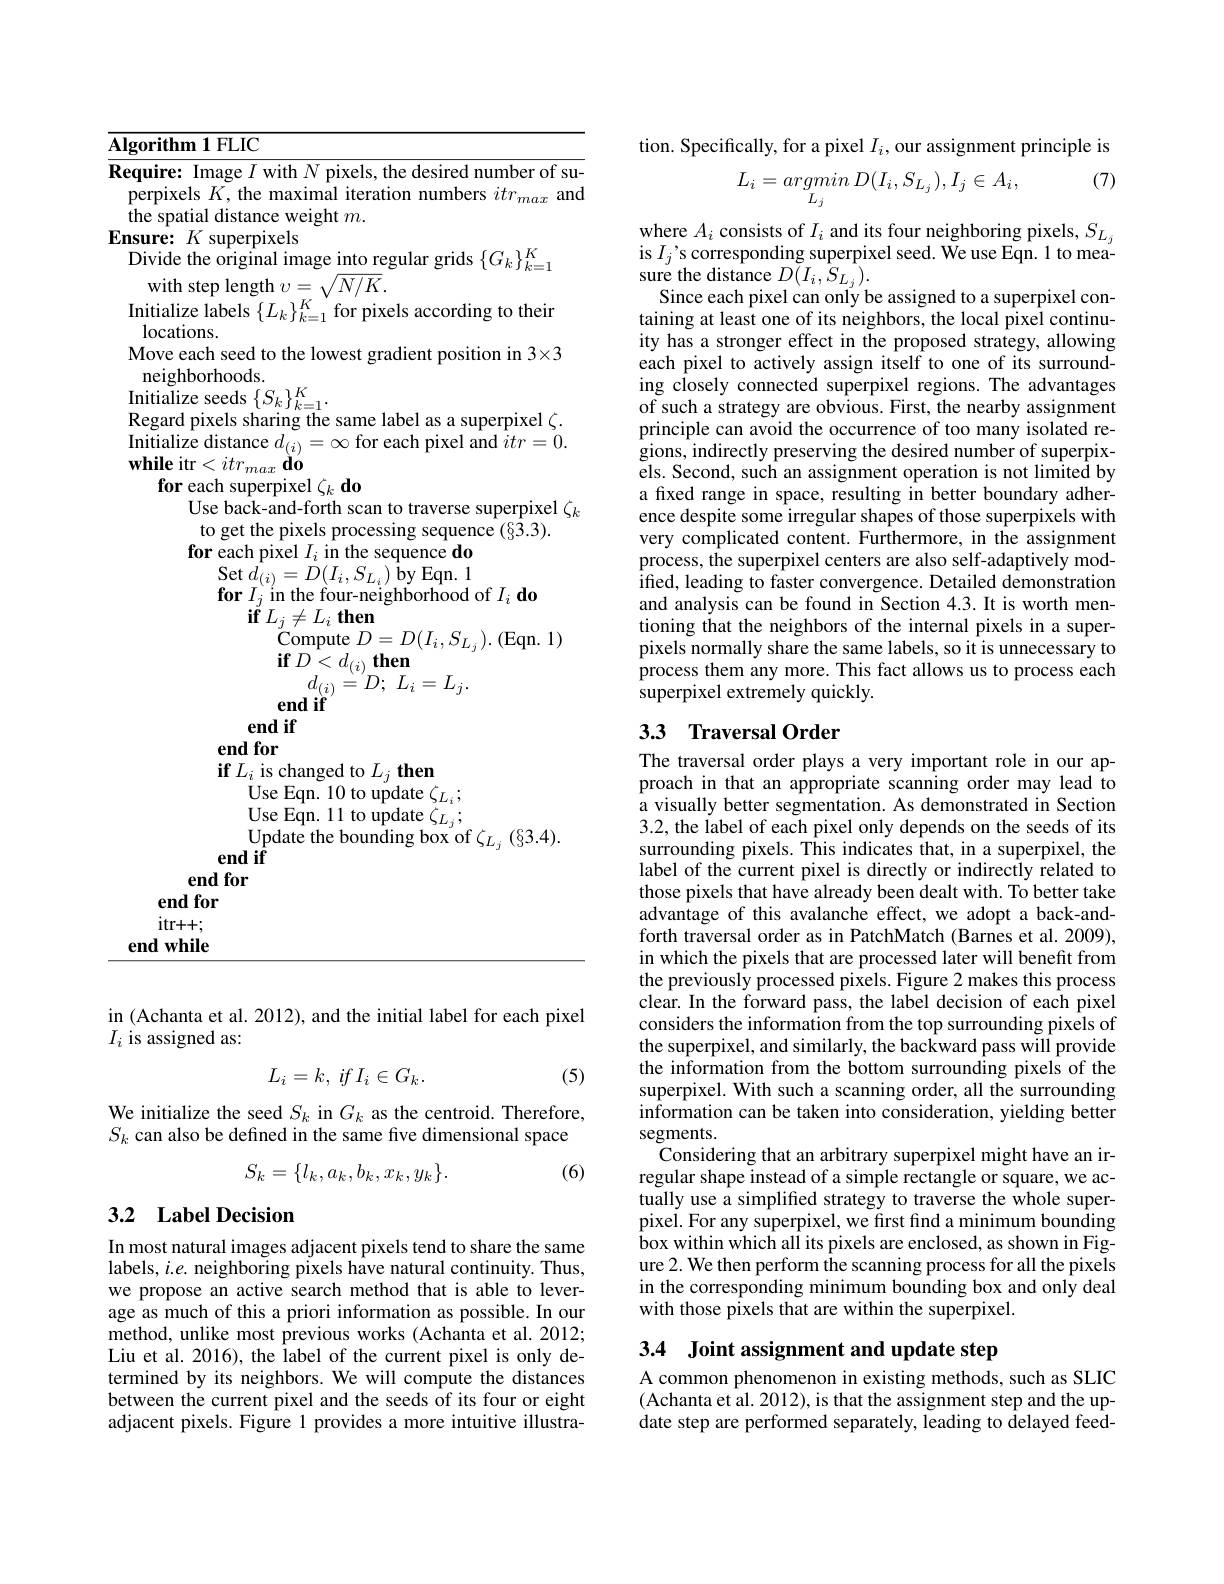
Algorithm 1 FLIC
Require: Image $I$ with $N$ pixels, the desired number of superpixels $K$,the maximal iteration numbers $itr_{max}$ and the spatial distance weight $m.$
$Ensure:K$ superpixels
Divide the original image into regular grids $\{G_k\}_{k=1}^K$
with step length $v=\sqrt{N/K}.$
$\begin{array}{c}{\mathrm{Initialize~labels~}\{L_{k}\}_{k=1}^{K}\text{for pixels according to their}}\\{\mathrm{locations.}}\end{array}$ Move each seed to the lowest gradient position in 3×3 $\begin{array}{c}\text{neighborhoods.}\\\text{Initialize seeds}\left\{S_k\right\}_{k=1}^K.\\\textbf{Porord pivals chorin tho}\end{array}$
Regard pixels sharing the same label as a superpixel $\zeta.$ Initialize distance $d_(i)=\infty$ for each pixel and $itr=0.$ $\textbf{while itr}< itr_{max}\overset {\vee }{\operatorname* { \mathbf{do}} }$
for each superpixel $\zeta _k\textbf{do}$
Use back-and-forth scan to traverse superpixel $\zeta_k$
to get the pixels processing sequence (§3.3).
for each pixel $I_i$ in the sequence do
$\begin{array}{l}{\mathrm{Set~}\hat{d_{(i)}=D(I_{i},S_{L_{i}})~\hat{b}y~Eqn.~1}}\\{\mathbf{for~}I_{j}~\mathrm{in~the~four-neighborhood~of~}I_{i}~\mathbf{do}}\end{array}$
${\mathbf{if}}L_{j}\neq L_{i}{\mathbf{then}}$
$\mathop{\mathrm{Compute~}}D=D(I_{i},S_{L_{j}}).$(Eqn. 1)
$\textbf{if}D< d_{( i) }\textbf{then}_{T}$
$d_{( i) }\overset {\vee }{\operatorname* { = } }D;$ $L_{i}= L_{j}.$
$endif^{(t)}$
end if
end for
$\textbf{if }L_{i}$ is changed to $L_j\textbf{ then}$Use Eqn. 10 to update $\zeta _{L_{i}};$
Use Eqn. 11 to update $\zeta_{L_j};$
$\overset{\mathrm{Update~the~bounding~box~of~}}{\operatorname*{end~if}}$
end for
end for $itr++;$
end while

in (Achanta et al. 2012), and the initial label for each pixel
$I_i$ is assigned as:

(5)
$$L_i=k,\:if\:I_i\in G_k.$$
We initialize the seed $S_k$ in $G_k$ as the centroid. Therefore, $S_k$ can also be defined in the same five dimensional space
$$S_k=\{l_k,a_k,b_k,x_k,y_k\}.$$
(6)

## 3.2 Label Decision

In most natural images adjacent pixels tend to share the same labels, $i.e.$ neighboring pixels have natural continuity. Thus, we propose an active search method that is able to leverage as much of this a priori information as possible. In our method, unlike most previous works (Achanta et al. 2012; Liu et al. 2016), the label of the current pixel is only determined by its neighbors. We will compute the distances between the current pixel and the seeds of its four or eight adjacent pixels. Figure 1 provides a more intuitive illustra-

tion. Specifically, for a pixel $I_i$,our assignment principle is

(7)
$$L_i=argmin\:D(I_i,S_{L_j}),I_j\in A_i,$$
where $A_i$ consists of $I_i$ and its four neighboring pixels, $S_L_j$ is $I_j’$s corresponding superpixel seed. We use Eqn. 1 to mea- $\mathop{\mathrm{sure~the~distance~}}D\tilde{(}I_{i},\tilde{S}_{L_{j}}).$
Since each pixel can only be assigned to a superpixel containing at least one of its neighbors, the local pixel continuity has a stronger effect in the proposed strategy, allowing each pixel to actively assign itself to one of its surrounding closely connected superpixel regions. The advantages of such a strategy are obvious. First, the nearby assignment principle can avoid the occurrence of too many isolated regions, indirectly preserving the desired number of superpixels. Second, such an assignment operation is not limited by a fixed range in space, resulting in better boundary adherence despite some irregular shapes of those superpixels with very complicated content. Furthermore, in the assignment process, the superpixel centers are also self-adaptively modified, leading to faster convergence. Detailed demonstration and analysis can be found in Section 4.3. It is worth mentioning that the neighbors of the internal pixels in a superpixels normally share the same labels, so it is unnecessary to process them any more. This fact allows us to process each superpixel extremely quickly.

## 3.3 Traversal Order

The traversal order plays a very important role in our approach in that an appropriate scanning order may lead to a visually better segmentation. As demonstrated in Section 3.2, the label of each pixel only depends on the seeds of its surrounding pixels. This indicates that, in a superpixel, the label of the current pixel is directly or indirectly related to those pixels that have already been dealt with. To better take advantage of this avalanche effect, we adopt a back-andforth traversal order as in PatchMatch (Barnes et al. 2009), in which the pixels that are processed later will benefit from the previously processed pixels. Figure 2 makes this process clear. In the forward pass, the label decision of each pixel considers the information from the top surrounding pixels of the superpixel, and similarly, the backward pass will provide the information from the bottom surrounding pixels of the superpixel. With such a scanning order, all the surrounding information can be taken into consideration, yielding better segments.
Considering that an arbitrary superpixel might have an irregular shape instead of a simple rectangle or square, we actually use a simplified strategy to traverse the whole superpixel. For any superpixel, we first find a minimum bounding $\hat{\text{box within which all its pixels are enclosed, as shown in Fig-}}$ ure 2. We then perform the scanning process for all the pixels in the corresponding minimum bounding box and only deal with those pixels that are within the superpixel.

3.4 Joint assignment and update step
A common phenomenon in existing methods, such as SLIC

$(\hat{\text{Achanta et al. 2012), is that the assignment step and the up-}}$ date step are performed separately, leading to delayed feed-